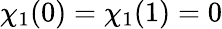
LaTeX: \chi_{1}(0)=\chi_{1}(1)=0